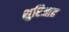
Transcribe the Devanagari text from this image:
शुरिआत